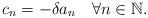
LaTeX: \begin{align*}c_n = - \delta a_n ~~~ \forall n \in \mathbb{N}.\end{align*}